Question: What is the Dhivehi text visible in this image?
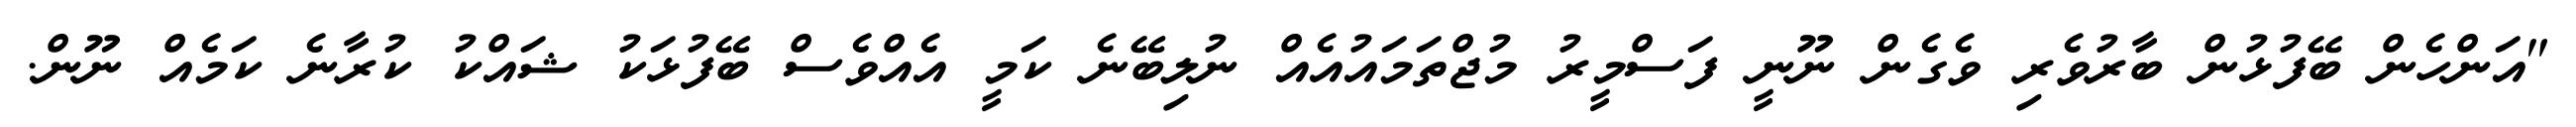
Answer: "އަންހެން ބޭފުޅުން ބާރުވެރި ވެގެން ނޫނީ ފަސްމީރު މުޖްތަމައުއެއް ނުލިބޭނެ ކަމީ އެއްވެސް ބޭފުޅަކު ޝައްކު ކުރާނެ ކަމެއް ނޫން.